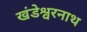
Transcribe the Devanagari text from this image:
खंडेश्वरनाथ